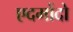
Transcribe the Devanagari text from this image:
एदमोंदो